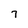
Character: 7